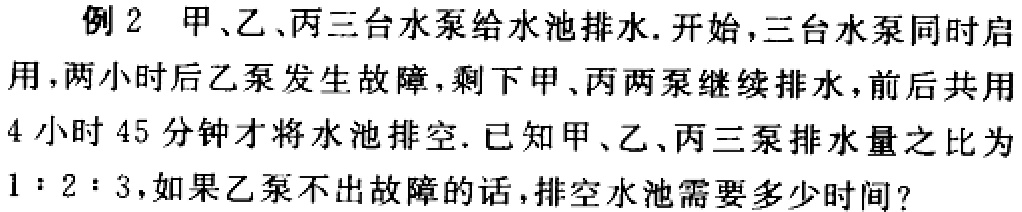
例2 甲、乙、丙三台水泵给水池排水. 开始,三台水泵同时启用,两小时后乙泵发生故障,剩下甲、丙两泵继续排水,前后共用4小时45分钟才将水池排空. 已知甲、乙、丙三泵排水量之比为$1:2:3$,如果乙泵不出故障的话,排空水池需要多少时间?